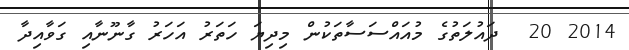
2014 20  ދައުލަތުގެ މުއައްސަސާތަކުން މިދިޔަ ހަތަރު އަހަރު ގާނޫނާއި ގަވާއިދާ